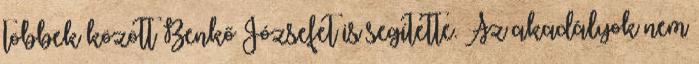
többek között Benkő Józsefet is segítette. Az akadályok nem